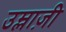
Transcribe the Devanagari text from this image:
उम्लाज़ी